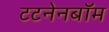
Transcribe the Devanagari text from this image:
टटनेनबॉम